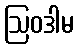
ဩဝဒါမ